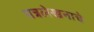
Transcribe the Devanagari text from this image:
पत्रलेखनाचे